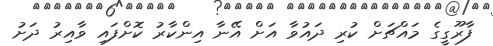
ފާރޫގީގެ މައްޗަށް ކުރި ދައުވާ އަށް އޭނާ އިންކާރު ކޮށްފައި ވާއިރު ދަށު